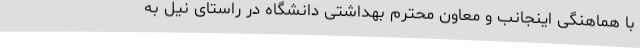
با هماهنگی اینجانب و معاون محترم بهداشتی دانشگاه در راستای نیل به